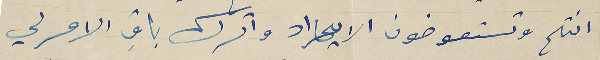
انتم وتستعوضون الايراد واترك باقِ الامر لي